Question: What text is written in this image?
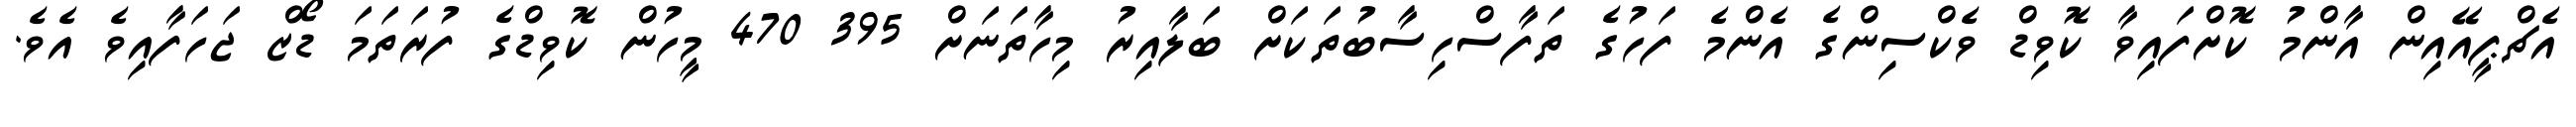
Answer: އެޗްޕީއޭއިން އާންމު ކޮށްފައިވާ ކޮވިޑް ވެކްސިންގެ އެންމެ ފަހުގެ ތަފާސްހިސާބުތަކަށް ބަލާއިރު މިހާތަނަށް 395 470 މީހުން ކޮވިޑްގެ ފުރަތަމަ ޑޯޒް ޖަހަފާއިވެ އެވެ.